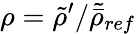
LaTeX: \rho=\tilde{\rho}^{\prime}/\tilde{\bar{\rho}}_{ref}